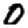
Digit: 0